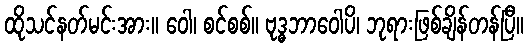
ထိုသင်နတ်မင်းအား။ ဝေါ၊ စင်စစ်။ ဗုဒ္ဓဘာဝေါပိ၊ ဘုရားဖြစ်ချိန်တန်ပြီ။